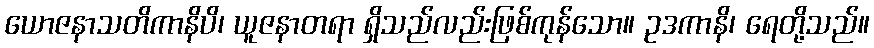
ယောဇနာသတိကာနိပိ၊ ယူဇနာတရာ ရှိသည်လည်းဖြစ်ကုန်သော။ ဥဒကာနိ၊ ရေတို့သည်။